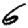
Digit: 6